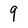
Character: 9